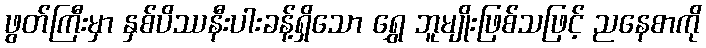
ဖွတ်ကြီးမှာ နှစ်ပိဿနီးပါးခန့်ရှိသော ရွှေ ဘူမျိုးဖြစ်သဖြင့် ညနေစာကို